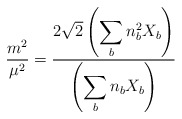
\begin{align*}\frac{m^2}{\mu^2}=\frac{2\sqrt{2}\left(\displaystyle\sum_bn_b^2X_b\right)}{\left(\displaystyle\sum_bn_bX_b\right)}\end{align*}